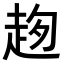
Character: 𧻌